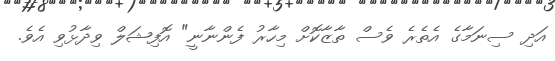
އަދި ސިނަމާގެ އެތެރެ ވެސް ތާޒާކޮށް މިހާރު ފެންނާނީ" އޮފިޝަލް ވިދާޅުވި އެވެ.